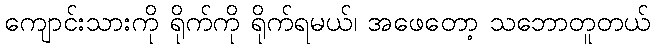
ကျောင်းသားကို ရိုက်ကို ရိုက်ရမယ်၊ အဖေတော့ သဘောတူတယ်